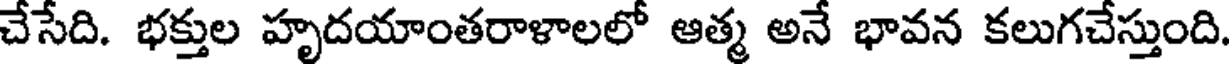
చేసేది. భక్తుల హృదయాంతరాళాలలో ఆత్మ అనే భావన కలుగచేస్తుంది